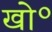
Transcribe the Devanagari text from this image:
खो॰